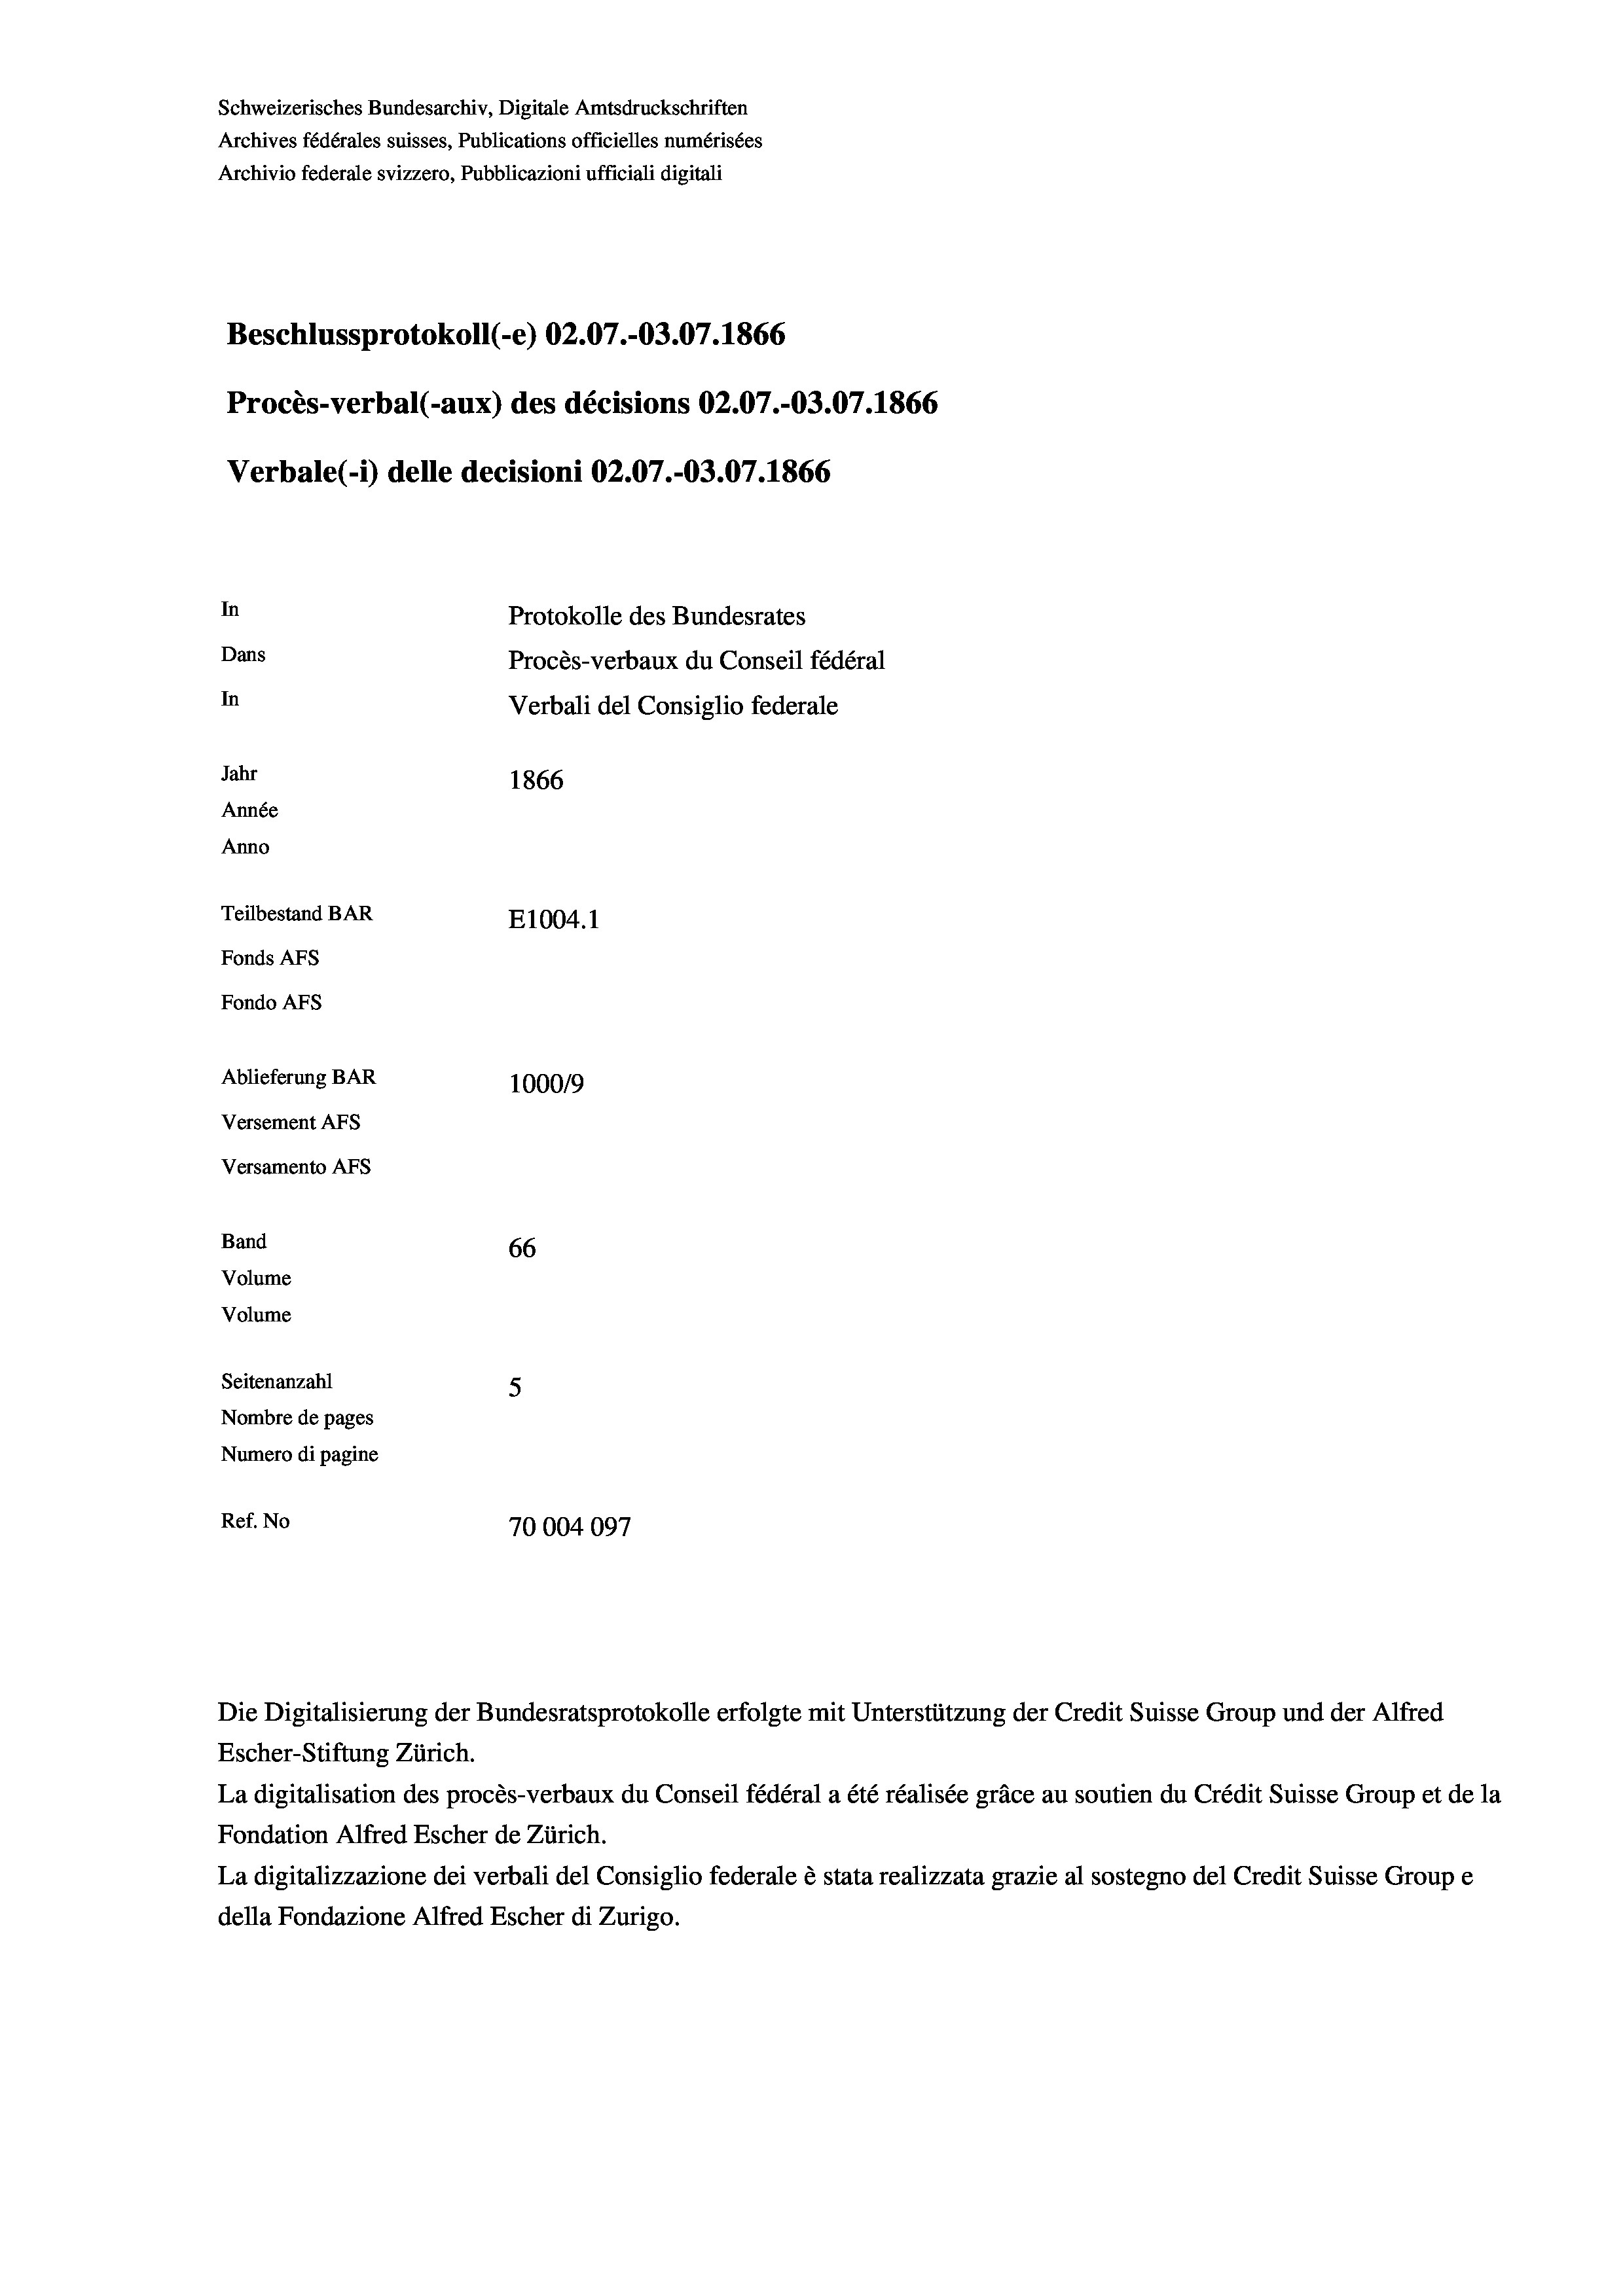
Schweizerisches Bundesarchiv, Digitale Amtsdruckschriften
Archives fédérales suisses, Publications officielles numérisées
Archivio federale svizzero, Pubblicazioni ufficiali digitali
Beschlussprotokoll (-e) 02.07.-03.07. 1866
Procès-verbal (-aux) des décisions 02.07.-03.07. 1866
Verbale(-*) delle decisioni 02.07.-03.07. 1866
In
Protokolle des Bundesrates
Dans
Procès-verbaux du Conseil fédéral
In
Verbali del Consiglio federale
Jahr
1866
Année
Anno
Teilbestand BAR
E1004. 1
Fonds AFs
Fondo AFS
Ablieferung BAR
100019
Versement AFs
Versamento AFs
Band
66
Volume
Volume
Seitenanzahl
5
Nombre de pages
Numero di pagine
Ref. No
70004097

Escher-Stiftung Zürich.
La digitalisation des procès-verbaux du Conseil fédéral a été réalisée gräce au soutien du Crédit Suisse Group et de la
Fondation Alfred Escher de Zürich.
La digitalizzazione dei verbali del Consiglio federale è stata realizzata grazie al sostegno del Credit Suisse Groupe
della Fondazione Alfred Escher di Zurigo.

Die Digitalisierung der Bundesratsprotokolle erfolgte mit Unterstützung der Credit Suisse Group und der Alfred